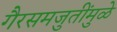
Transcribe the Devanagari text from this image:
गैरसमजुतींमुळे